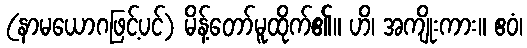
(နာမယောဂဖြင့်ပင်) မိန့်တော်မူထိုက်၏။ ဟိ၊ အကျိုးကား။ ဧဝံ၊